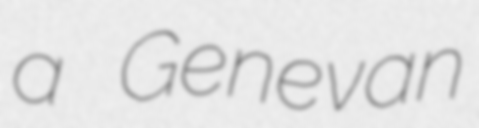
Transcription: a Genevan